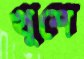
খুশে